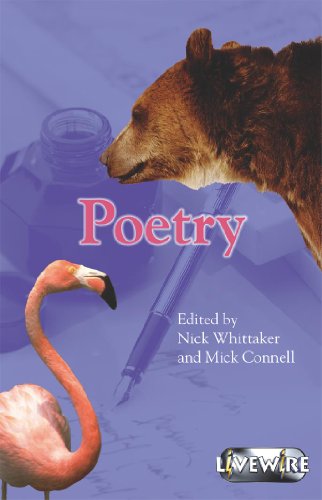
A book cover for Livewire Poetry; Mick Connell; Teen & Young Adult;